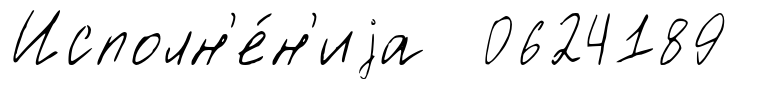
Исполн'е́н'иjа 0624189